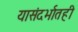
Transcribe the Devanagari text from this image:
यासंदर्भातही